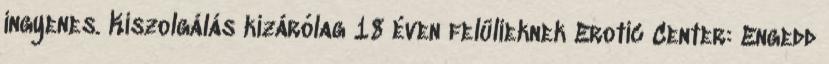
ingyenes. Kiszolgálás kizárólag 18 éven felülieknek Erotic Center: Engedd